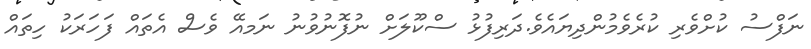
ނަފްސު ކުށްވެރި ކުރެވެމުންދިޔައެވެ.ދަރިފުޅު ސްކޫލަށް ނުފޮނުވުނު ނަމއޭ ވެސް އެތައް ފަހަރަކު ހިތައް